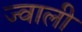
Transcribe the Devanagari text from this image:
ज्वाली